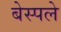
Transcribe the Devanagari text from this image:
बेस्पले